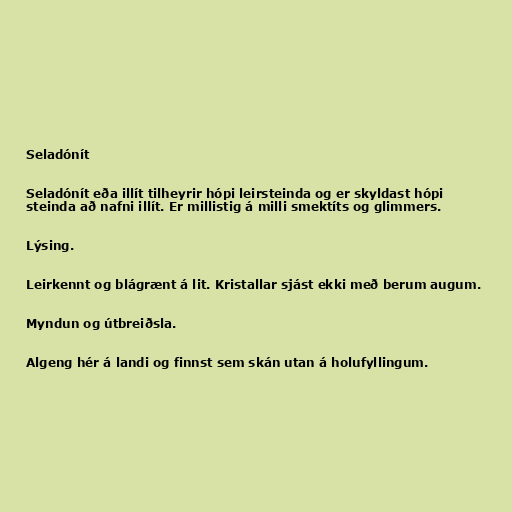
Seladónít

Seladónít eða illít tilheyrir hópi leirsteinda og er skyldast hópi
steinda að nafni illít. Er millistig á milli smektíts og glimmers.

Lýsing.

Leirkennt og blágrænt á lit. Kristallar sjást ekki með berum augum.

Myndun og útbreiðsla.

Algeng hér á landi og finnst sem skán utan á holufyllingum.